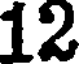
12